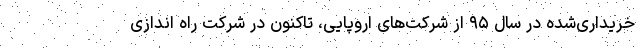
خریداری‌شده در سال ۹۵ از شرکت‌های اروپایی، تاکنون در شرکت راه اندازی